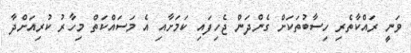
ވަނީ ރައްކާތެރި ހިސާބުތަކަށް ގެންދަން ޖެހިފައި ކަމަށާއި އެ މަސައްކަތް މިހާރު ކުރިއަށްދާ